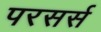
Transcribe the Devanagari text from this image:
परसर्स